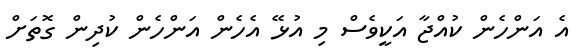
އެ އަންހެން ކުއްޖާ އަކީވެސް މި އުޅޭ އެހެން އަންހެން ކުދިން ގޮތަށް